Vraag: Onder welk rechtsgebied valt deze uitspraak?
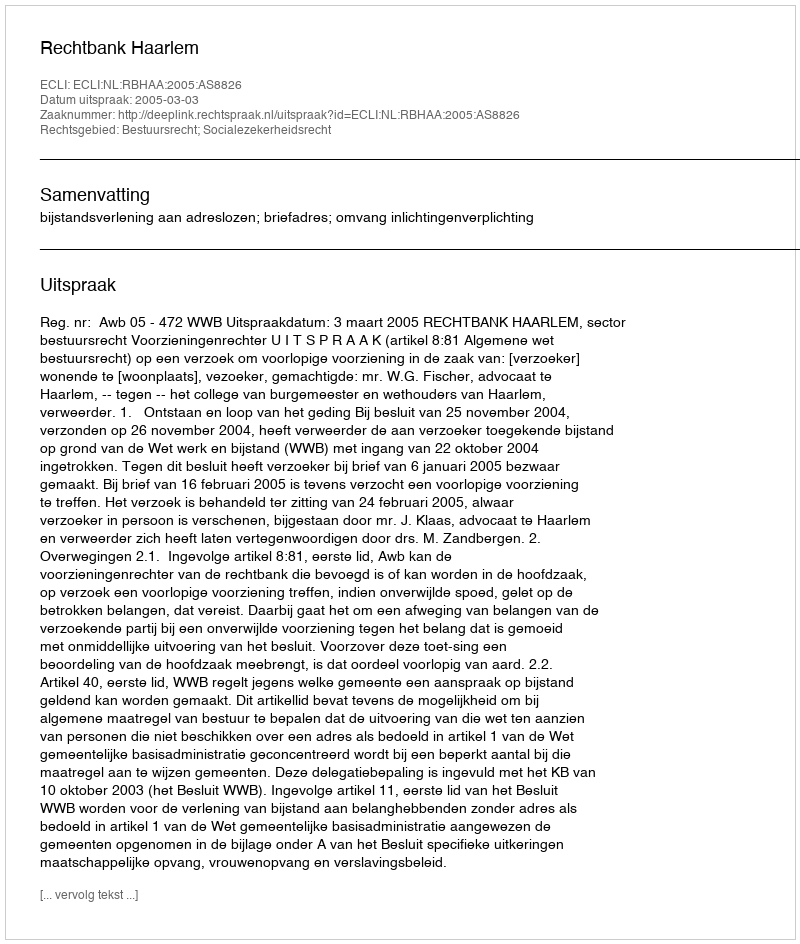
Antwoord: Bestuursrecht; Socialezekerheidsrecht